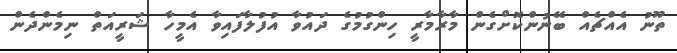
ތޫނު އެއްޗެއް ބޭނުންކޮށްގެން މާރާމާރީ ހިންގުމުގެ ދައުވާ އުފުލާފައިވާ އެމީހާ ޝަރީއަތް ނިމެންދެން